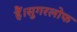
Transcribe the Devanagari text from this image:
हैं।सुगरलोफ